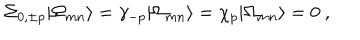
LaTeX: \Sigma _ { 0 , \pm p } | \Omega _ { m n } \rangle = \gamma _ { - p } | \Omega _ { m n } \rangle = \chi _ { p } | \Omega _ { m n } \rangle = 0 \ ,